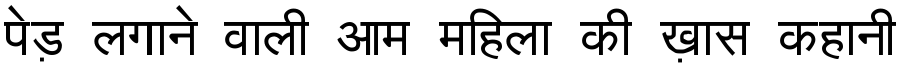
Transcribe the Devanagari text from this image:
पेड़ लगाने वाली आम महिला की ख़ास कहानी